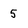
Character: 5